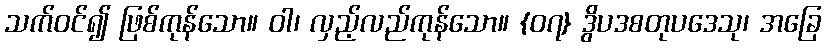
သက်ဝင်၍ ဖြစ်ကုန်သော။ ဝါ၊ လှည့်လည်ကုန်သော။ {၀၇} ဒွိပဒစတုပဒေသု၊ အခြေ